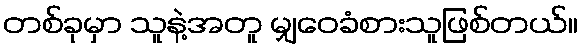
တစ်ခုမှာ သူနဲ့အတူ မျှဝေခံစားသူဖြစ်တယ်။